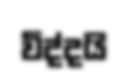
විද්දයි